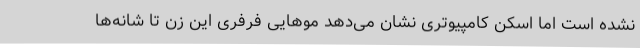
نشده است اما اسکن کامپیوتری نشان می‌دهد موهایی فرفری این زن تا شانه‌ها